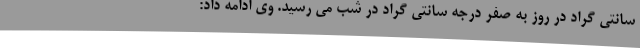
سانتی گراد در روز به صفر درجه سانتی گراد در شب می رسید. وی ادامه داد: